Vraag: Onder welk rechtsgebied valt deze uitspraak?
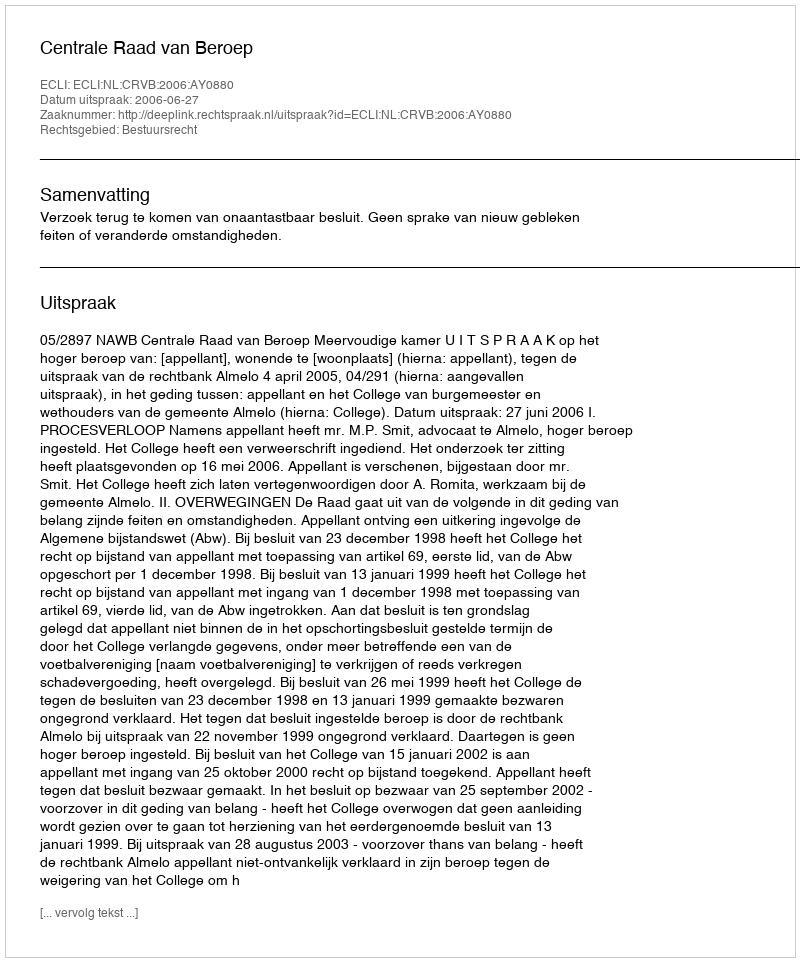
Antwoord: Bestuursrecht